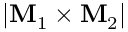
| { \bf M } _ { 1 } \times { \bf M } _ { 2 } |